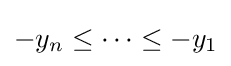
{\textstyle -y_{n}\leq \cdots \leq -y_{1}}